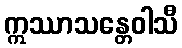
ဣဿာသန္တေဝါသီ